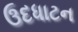
ઉદધાટન